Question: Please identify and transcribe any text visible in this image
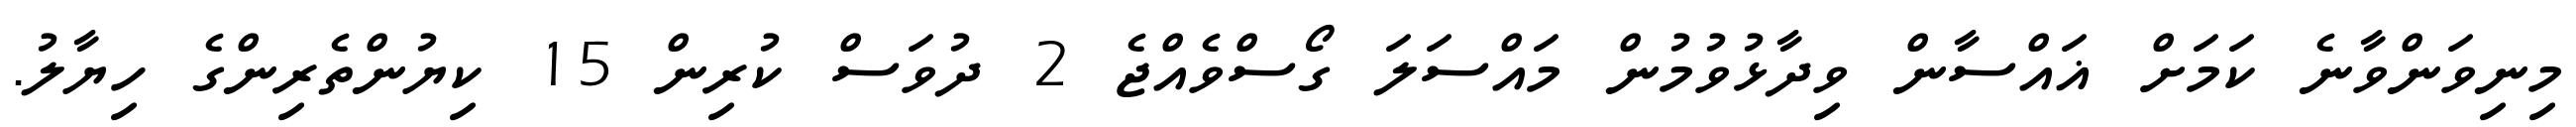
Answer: މިނިވަންވާނެ ކަމަށް ޣައްސާން ވިދާޅުވުމުން މައްސަލަ ގޯސްވެއްޖެ 2 ދުވަސް ކުރިން 15 ކިޔުންތެރިންގެ ހިޔާލު.